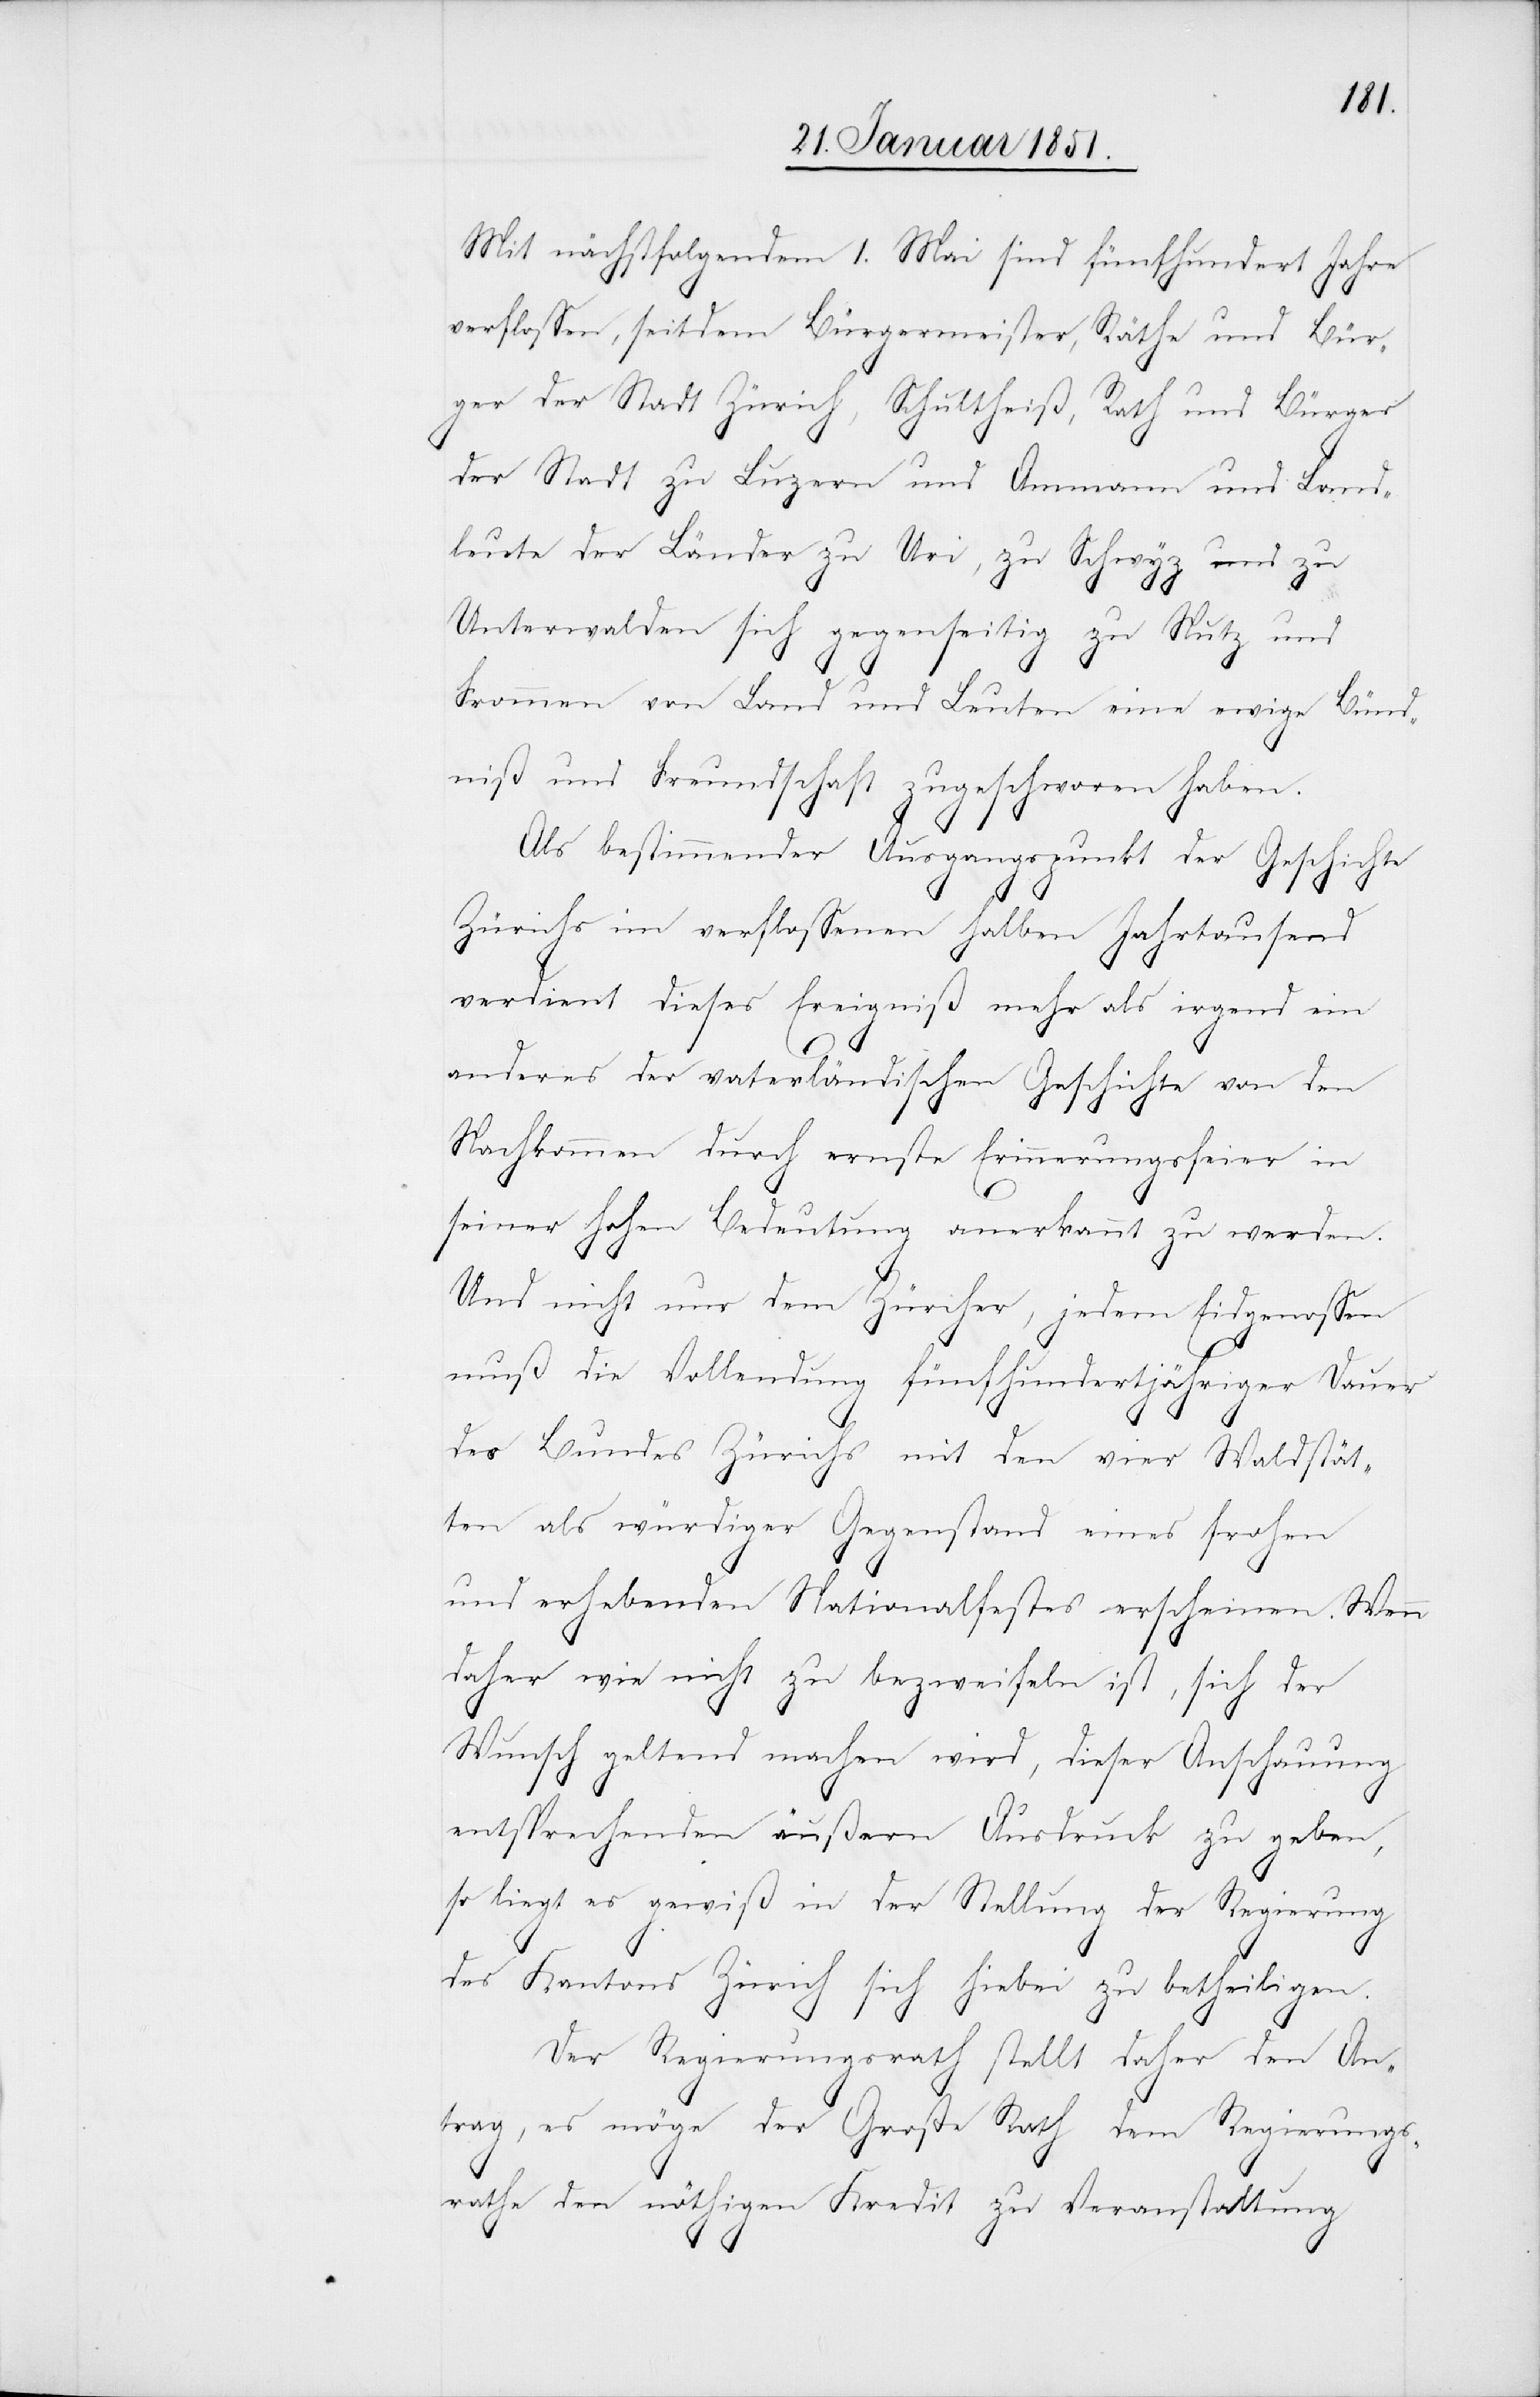
Mit nächstfolgendem 1. Mai sind fünfhundert Jahre
verflossen, seitdem Bürgermeister, Räthe und Bür¬
ger der Stadt Zürich, Schultheiß, Rath und Bürger
der Stadt zu Luzern und Ammann und Land¬
leute der Länder zu Uri, zu Schwyz und zu
Unterwalden sich gegenseitig zu Nutz und
Frommen von Land und Leuten eine ewige Bünd¬
niß und Freundschaft zugeschworen haben.
Als bestimmender Ausgangspunkt der
Zürichs im verflossenen halben Jahrtausend
verdient dieses Ereigniß mehr als irgend ein
anderes der vaterländischen Geschichte von den
Nachkommen durch ernste Erinnerungsfeier in
seiner hohen Bedeutung anerkannt zu werden.
Und nicht nur dem Zürcher, jedem Eidgenossen
muß die Vollendung fünfhundertjähriger Dauer
des Bundes Zürichs mit den vier Waldstät¬
ten als würdiger Gegenstand eines frohen
und erhebenden Nationalfestes erscheinen. Wenn
daher wie nicht zu bezweifeln ist, sich der
Wunsch geltend machen wird, dieser Anschauung
entsprechenden äußern Ausdruck zu geben,
so liegt es gewiß in der Stellung der Regierung
des Kantons Zürich sich hiebei zu betheiligen.
Der Regierungsrath stellt daher den An¬
trag, es möge der Große Rath dem Regierungs¬
rathe den nöthigen Kredit zu Veranstaltung